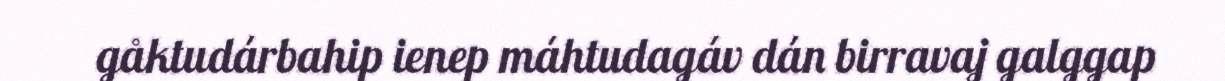
gåktudárbahip ienep máhtudagáv dán birravaj galggap